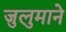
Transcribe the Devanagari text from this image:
जुलुमाने